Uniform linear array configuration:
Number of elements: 48
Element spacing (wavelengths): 0.75
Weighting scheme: blackman
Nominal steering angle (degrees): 0
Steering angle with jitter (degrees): -1.038
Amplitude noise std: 0.05
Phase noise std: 0.05

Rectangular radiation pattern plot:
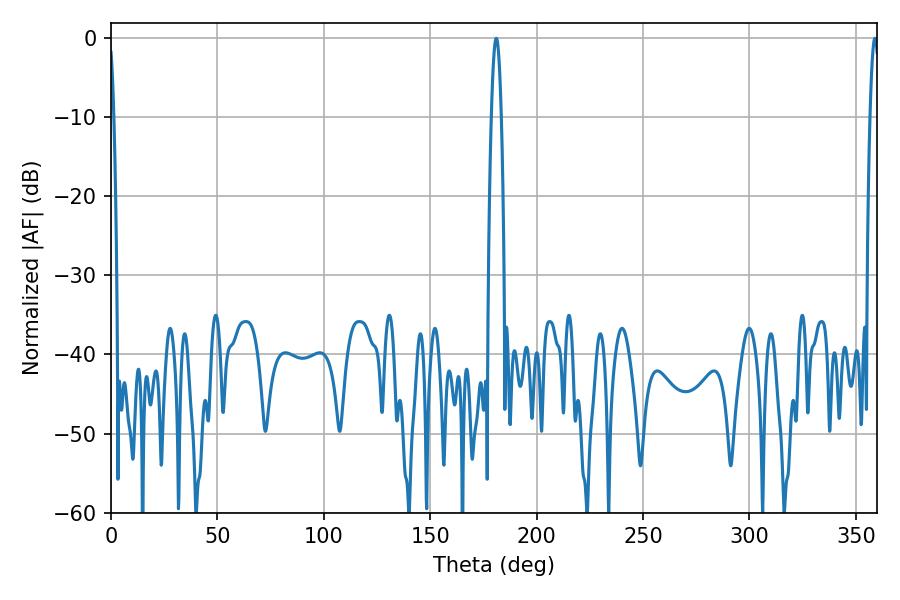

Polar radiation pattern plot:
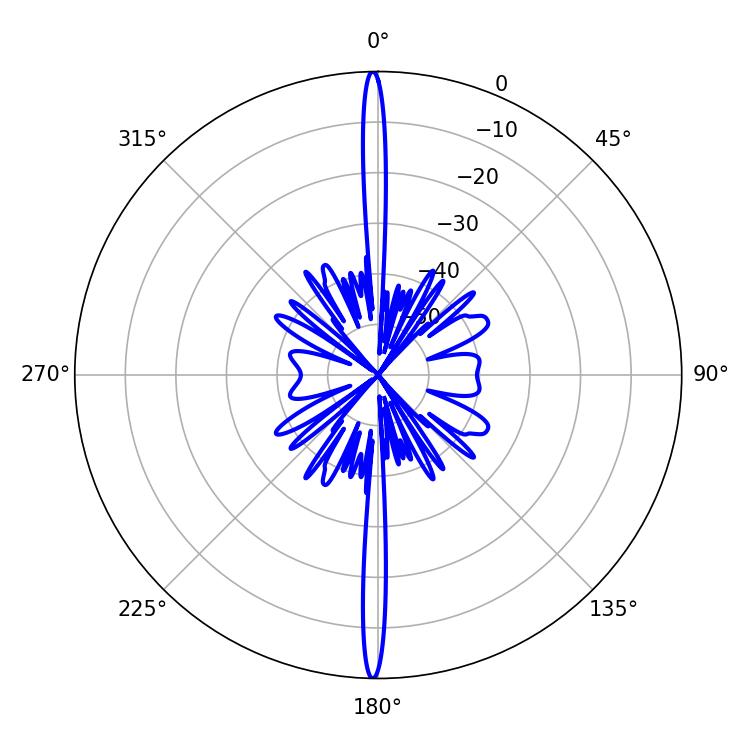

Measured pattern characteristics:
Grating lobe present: TRUE
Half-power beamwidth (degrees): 2.52
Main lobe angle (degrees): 181.08